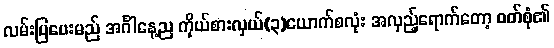
လမ်းပြပေးမည် အင်္ဂါနေ့ည ကိုယ်စားလှယ်(၃)ယောက်စလုံး အလှည့်ရောက်တော့ ဝတ်စုံ၏